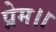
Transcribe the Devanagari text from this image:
प्रेम।।